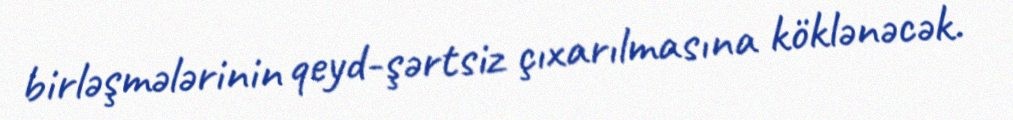
birləşmələrinin qeyd-şərtsiz çıxarılmasına köklənəcək.